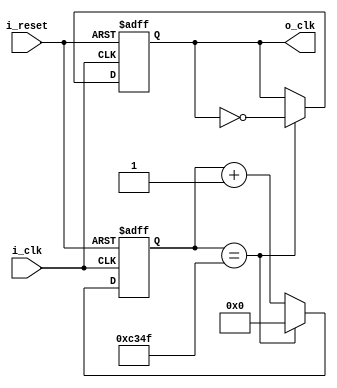
module FND_ClockDivider(
    input i_clk,
    input i_reset,
    output o_clk
    );

    reg r_clk = 0;
    reg[31:0] r_counter = 0;
    assign o_clk = r_clk;

    always @(posedge i_clk or posedge i_reset) begin
        if(i_reset) begin
            r_clk <= 0;
            r_counter <= 0;
        end
        else begin
                if(r_counter == 50_000 - 1) begin  // 100_000_000 / x = 1_000, 100_000 / 2 = 50_000 = 1sec 
                r_counter <= 0;
                r_clk <= ~r_clk;
            end
            else begin
                r_counter <= r_counter + 1;
            end
        end
    end
endmodule